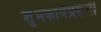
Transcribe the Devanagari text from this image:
शुभकार्यप्रसंगी